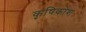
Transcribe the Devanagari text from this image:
कृषिकोश